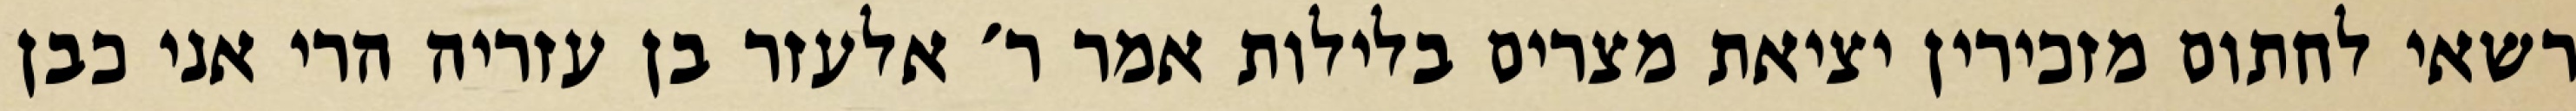
רשאי לחתום מזכירין יציאת מצרים בלילות אמר ר׳ אלעזר בן עזריה הרי אני כבן